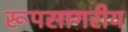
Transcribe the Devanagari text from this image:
रूपसागरीय